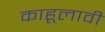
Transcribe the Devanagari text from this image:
काहूलावी